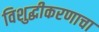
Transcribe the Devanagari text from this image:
विशुद्धीकरणाचा